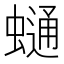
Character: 𧐺